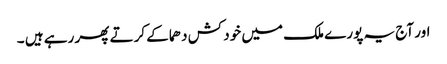
اور آج یہ پورے ملک میں خود کش دھماکے کرتے پھر رہے ہیں ۔